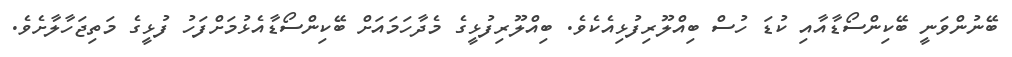
ބޭނުންވަނީ ބޭކިންސޯޑާއާއި ކުޑަ ހުސް ބިއްލޫރިފުޅިއެކެވެ. ބިއްލޫރިފުޅީގެ މެދާހަމައަށް ބޭކިންސޯޑާއެޅުމަށްފަހު ފުޅީގެ މަތިޖަހާލާށެވެ.